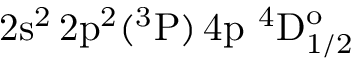
\mathrm { 2 s ^ { 2 } \, 2 p ^ { 2 } ( ^ { 3 } P ) \, 4 p ~ ^ { 4 } D _ { 1 / 2 } ^ { o } }